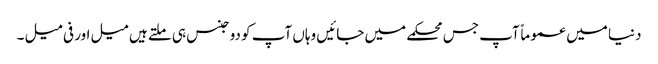
دنیا میں عموماً آپ جس محکمے میں جائیں وہاں آپ کو دو جنس ہی ملتے ہیں میل اور فی میل ۔